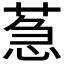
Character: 𦳌